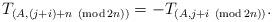
LaTeX: \begin{align*}T_{(A,(j+i)+n\ \left( \operatorname{mod}2n\right) )}=-T_{(A,j+i\ \left(\operatorname{mod}2n\right) )}. \end{align*}